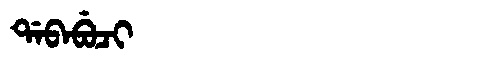
Manchu: ᡩᠠᠪᠠᠪᡠᠴᡳ
Romanization: DABABUCI